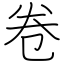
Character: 卷